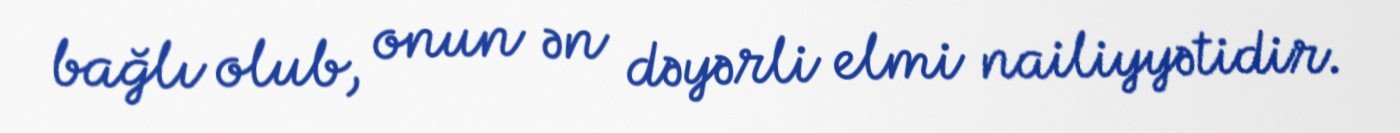
bağlı olub, onun ən dəyərli elmi nailiyyətidir.